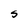
Character: S